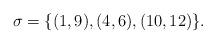
LaTeX: \begin{align*}\sigma = \lbrace (1,9), (4,6), (10,12)\rbrace.\end{align*}